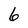
Character: 6